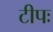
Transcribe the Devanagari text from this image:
टीपः